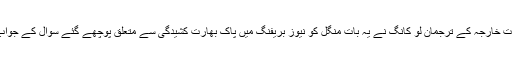
چینی وزارتِ خارجہ کے ترجمان لو کانگ نے یہ بات منگل کو نیوز بریفنگ میں پاک بھارت کشیدگی سے متعلق پوچھے گئے سوال کے جواب میں کہی۔